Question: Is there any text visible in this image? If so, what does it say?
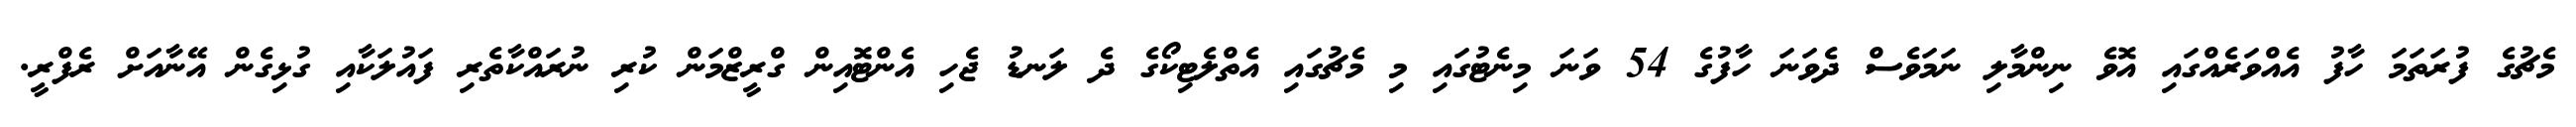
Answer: މެޗުގެ ފުރަތަމަ ހާފު އެއްވަރެއްގައި އޮވެ ނިންމާލި ނަމަވެސް ދެވަނަ ހާފުގެ 54 ވަނަ މިނެޓުގައި މި މެޗުގައި އެތްލެޓިކޯގެ ދެ ލަނޑު ޖެހި އެންޓޮއިން ގްރީޒްމަން ކުރި ނުރައްކާތެރި ފައުލަކާއި ގުޅިގެން އޭނާއަށް ރެފްރީ.